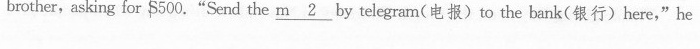
brother,asking for S500."Send the \underline {m 2} by telegram(电报)to the bank(银行)here,"he